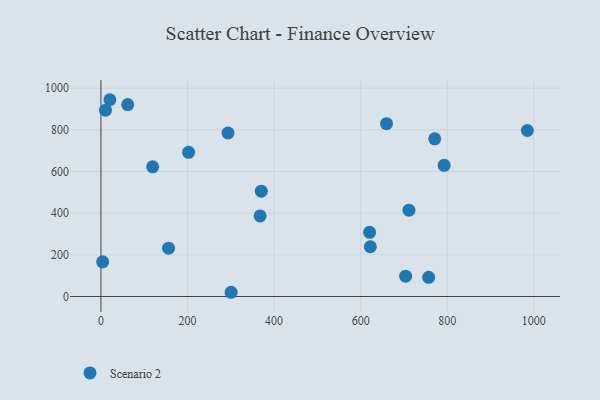
{"axis": {"x": "Ad Spend", "y": "Demand"}, "legend": ["Scenario 2"], "data": [{"x": "622.3", "y": 238.9, "type": "Scenario 2"}, {"x": "985.1", "y": 796.8, "type": "Scenario 2"}, {"x": "202.5", "y": 692.2, "type": "Scenario 2"}, {"x": "703.8", "y": 97.7, "type": "Scenario 2"}, {"x": "3.9", "y": 166.6, "type": "Scenario 2"}, {"x": "757.0", "y": 92.0, "type": "Scenario 2"}, {"x": "771.1", "y": 756.8, "type": "Scenario 2"}, {"x": "10.5", "y": 894.6, "type": "Scenario 2"}, {"x": "711.6", "y": 414.3, "type": "Scenario 2"}, {"x": "620.7", "y": 308.3, "type": "Scenario 2"}, {"x": "367.7", "y": 386.8, "type": "Scenario 2"}, {"x": "659.7", "y": 829.7, "type": "Scenario 2"}, {"x": "370.5", "y": 505.5, "type": "Scenario 2"}, {"x": "61.8", "y": 921.2, "type": "Scenario 2"}, {"x": "156.2", "y": 232.1, "type": "Scenario 2"}, {"x": "20.7", "y": 944.6, "type": "Scenario 2"}, {"x": "792.8", "y": 629.6, "type": "Scenario 2"}, {"x": "300.7", "y": 20.3, "type": "Scenario 2"}, {"x": "119.5", "y": 622.7, "type": "Scenario 2"}, {"x": "293.6", "y": 784.8, "type": "Scenario 2"}]}